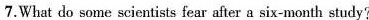
7.Whet do some scientists fear after a six-month study?